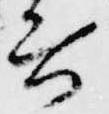
言